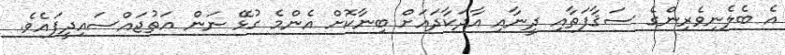
އެ ބެލެނިވެރިންގެ ސަޤާފަތާއި ދީނާއި އާދަކާދައަށް ބިނާކޮށް އެންމެ ގުޅޭ ނަން އަތުޖައްސައިދީފައެވެ.